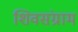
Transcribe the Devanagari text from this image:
शिवसंग्राम